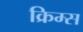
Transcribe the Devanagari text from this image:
क्रिम्स